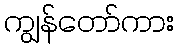
ကျွန်တော်ကား